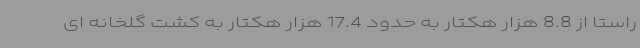
راستا از 8‌.8 هزار هکتار به حدود 17.4 هزار هکتار به کشت گلخانه ای